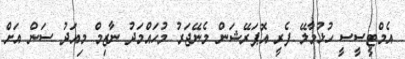
އެމްޓީސީސީ ހުޅުމާލޭ ފެރީ އޮޕަރޭޝަން މެނޭޖަރު މުހައްމަދު ނާޒިމް މިއަދު ސަން އަށް